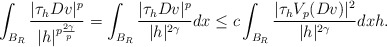
\begin{align*} \int_{B_R} \dfrac{|\tau_h Dv|^p}{|h|^{p \frac{2 \gamma}{p}}} = \int_{B_R} \dfrac{|\tau_h Dv|^p}{|h|^{2 \gamma}} dx \le c \int_{B_R} \dfrac{|\tau_h V_p(Dv)|^2}{|h|^{2 \gamma}} dx h.\end{align*}